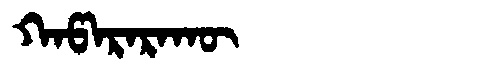
Manchu: ᡴᠠᡦᠠᡵᠠᡵᠠᡴᡡ
Romanization: KAPARARAKŪ